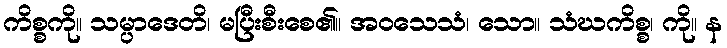
ကိစ္စကို။ သမ္ပာဒေတိ၊ မပြီးစီးစေ၏။ အဝသေသံ၊ သော။ သံဃကိစ္စ၊ ကို။ န